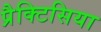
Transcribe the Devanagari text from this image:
प्रैक्टिसिया